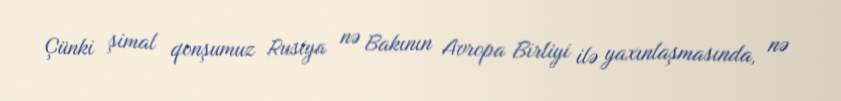
Çünki şimal qonşumuz Rusiya nə Bakının Avropa Birliyi ilə yaxınlaşmasında, nə